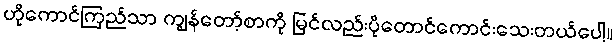
ဟိုကောင်ကြည်သာ ကျွန်တော့်စာကို မြင်လည်းပိုတောင်ကောင်းသေးတယ်ပေါ့။